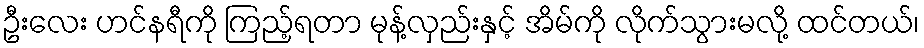
ဦးလေး ဟင်နရီကို ကြည့်ရတာ မုန့်လှည်းနှင့် အိမ်ကို လိုက်သွားမလို့ ထင်တယ်၊